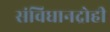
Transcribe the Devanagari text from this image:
संविधानद्रोही